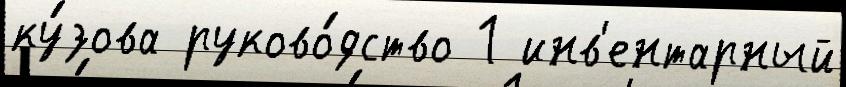
ку́зова руково́дство 1 инв'ентарный